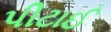
પીટાઈ